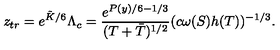
z _ { t r } = e ^ { \tilde { K } / 6 } \Lambda _ { c } = \frac { e ^ { P ( y ) / 6 - 1 / 3 } } { ( T + \bar { T } ) ^ { 1 / 2 } } ( c \omega ( S ) h ( T ) ) ^ { - 1 / 3 } .